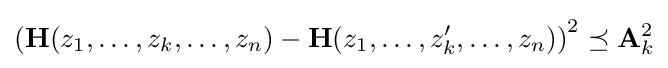
\left(\mathbf {H} (z_{1},\ldots ,z_{k},\ldots ,z_{n})-\mathbf {H} (z_{1},\ldots ,z'_{k},\ldots ,z_{n})\right)^{2}\preceq \mathbf {A} _{k}^{2}